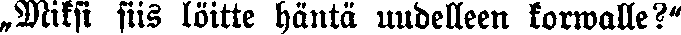
„Miksi siis löitte häntä uudelleen korwalle?"